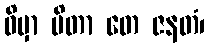
ဝိမှာ ပိတာ တေ ဇနတံ၊